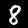
Label: 8